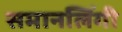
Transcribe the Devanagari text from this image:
समानलिंगी